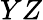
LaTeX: YZ